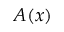
A ( x )